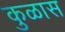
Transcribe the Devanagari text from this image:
कुळास